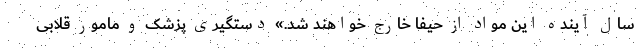
سال آینده این مواد از حیفا خارج خواهند شد.» دستگیری پزشک و مامور قلابی